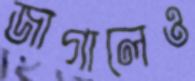
জাগালেও